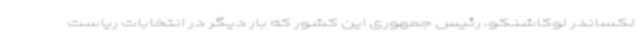
لکساندر لوکاشنکو، رئیس جمهوری این کشور که بار دیگر در انتخابات ریاست